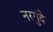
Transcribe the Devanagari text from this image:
नरगुंदे